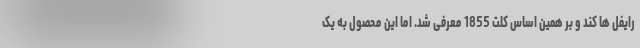
رایفل ها کند و بر همین اساس کلت 1855 معرفی شد. اما این محصول به یک